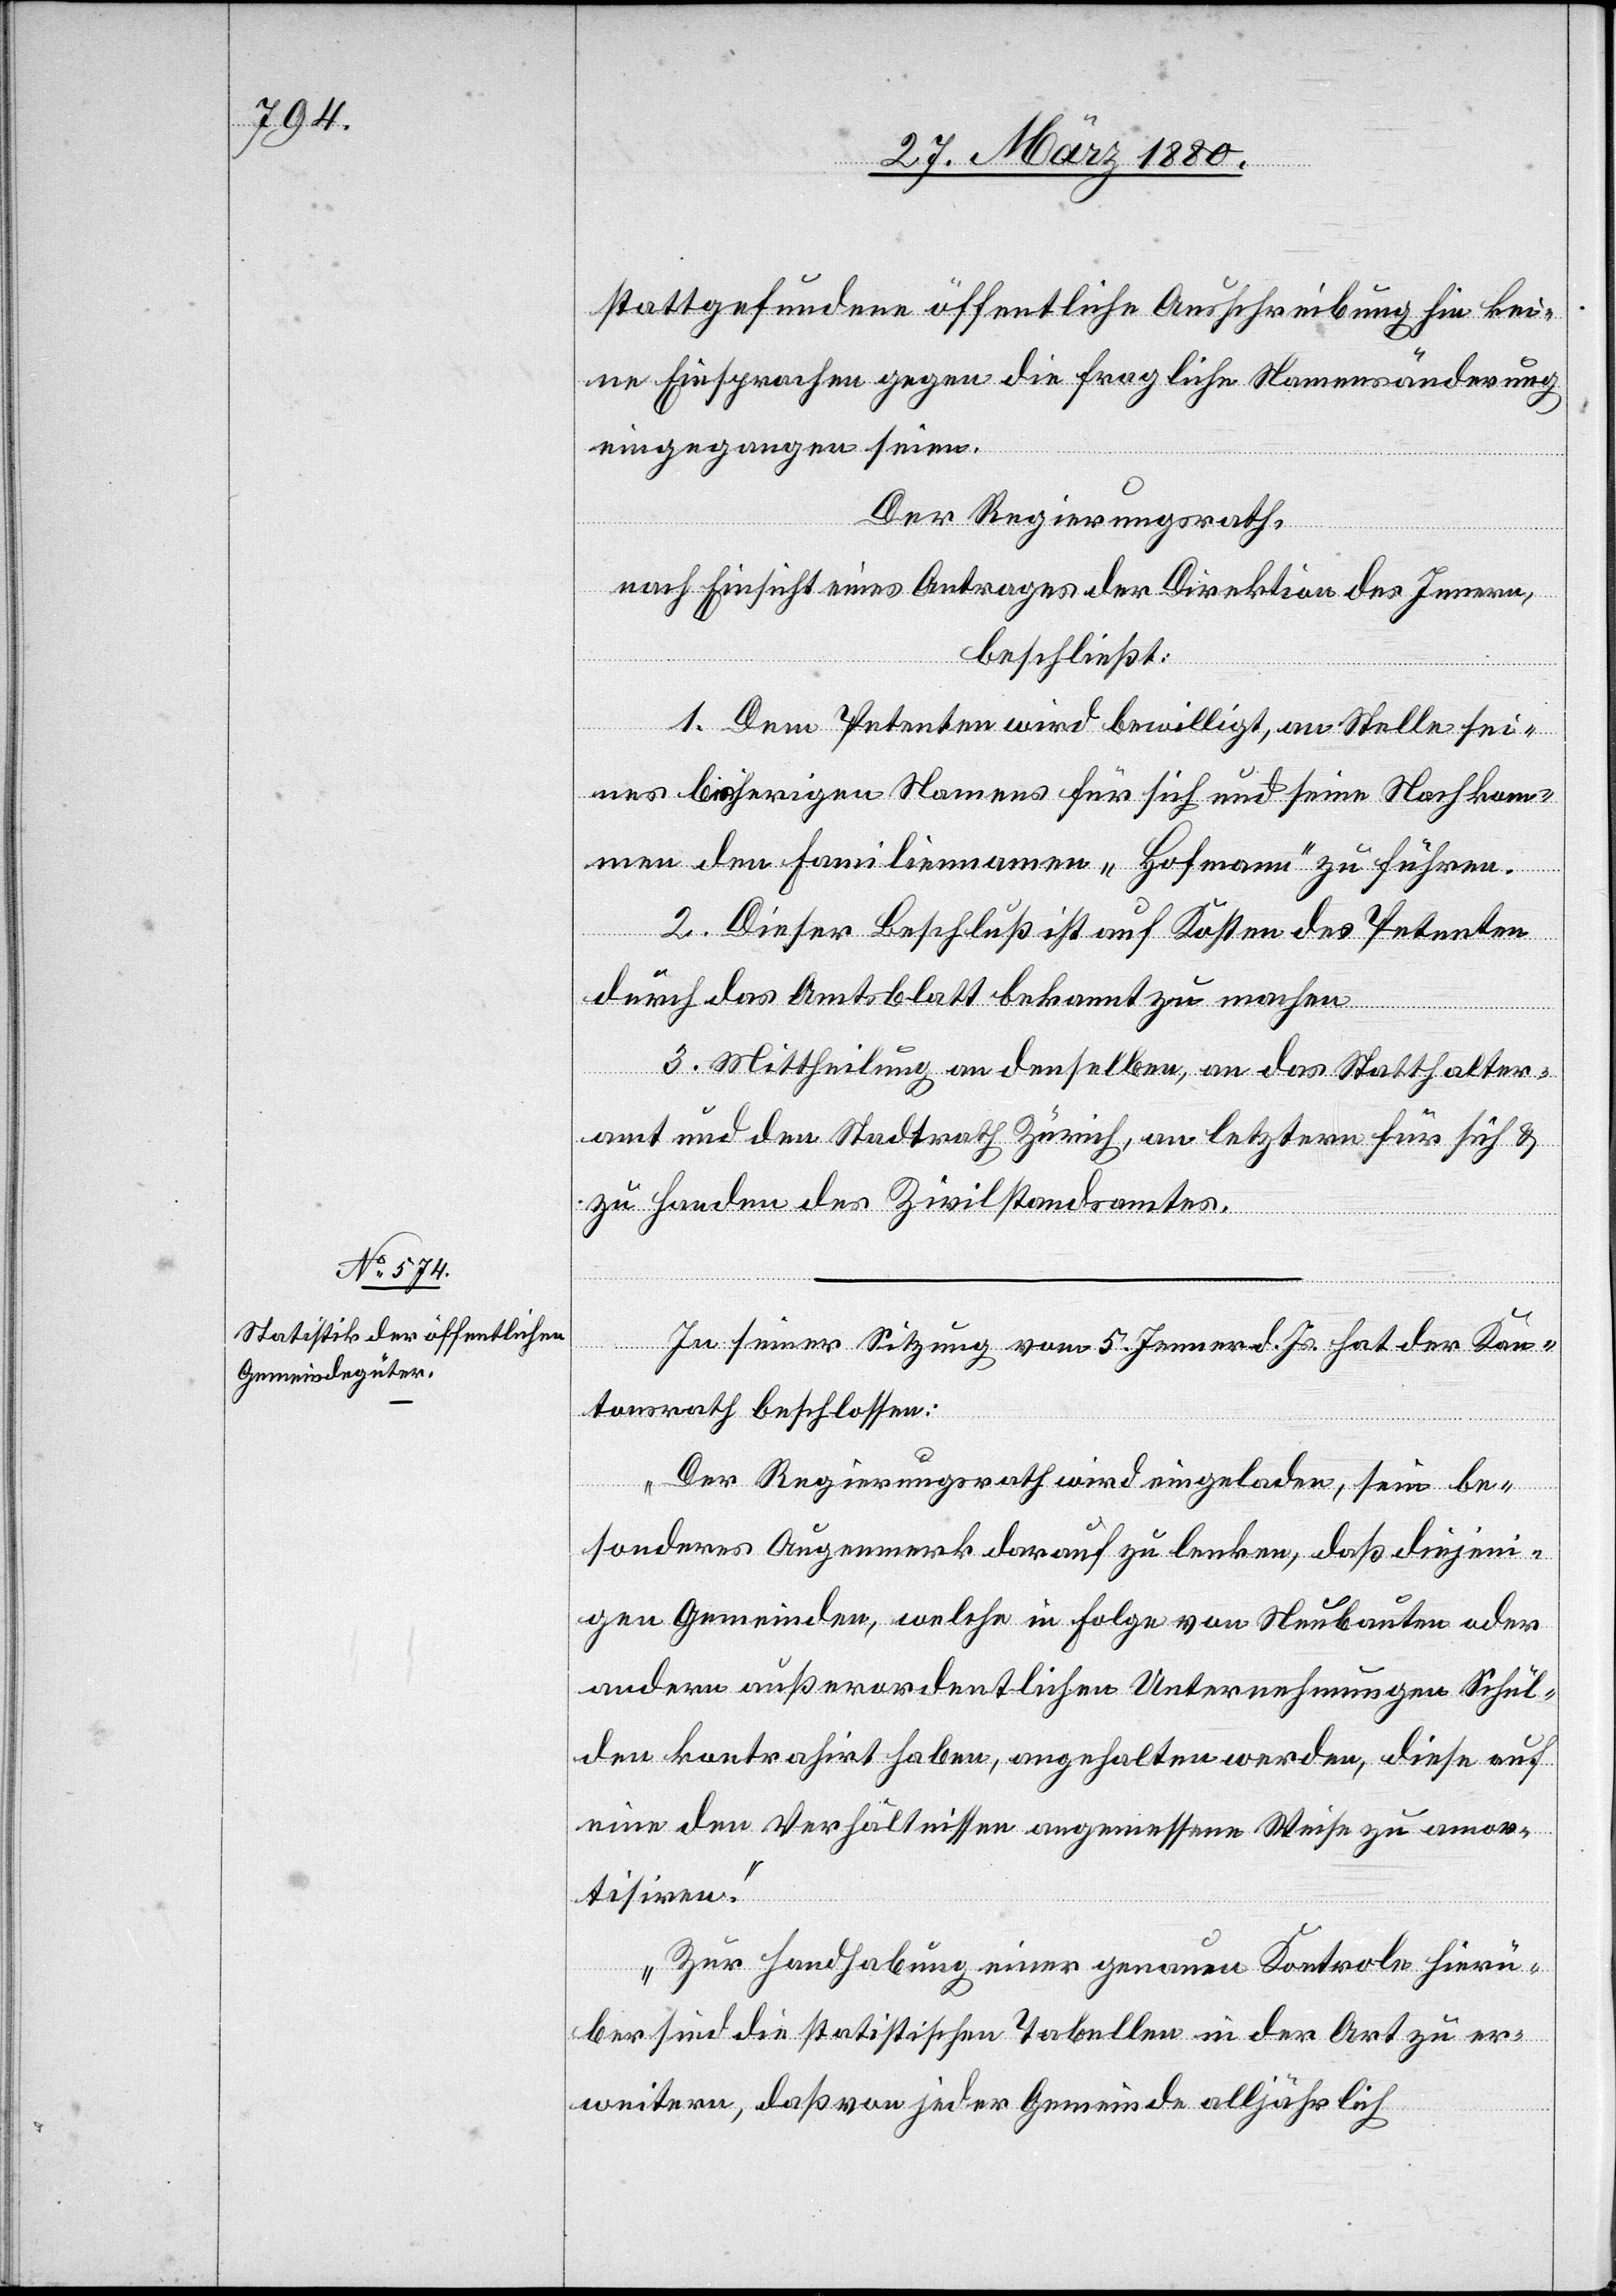
stattgefundene öffentliche Ausschreibung hin kei¬
ne Einsprachen gegen die fragliche Namensänderung
eingegangen seien.
Der Regierungsrath,
nach Einsicht eines Antrages der Direktion des Innern,
beschließt:
1. Dem Petenten wird bewilligt, an Stelle sei¬
nes bisherigen Namens für sich und seine Nachkom¬
men den Familiennamen „Hofmann“ zu führen.
2. Dieser Beschluß ist auf Kosten des Petenten
durch das Amtsblatt bekannt zu machen.
3. Mittheilung an denselben, an das Statthalter¬
amt und den Stadtrath Zürich, an letztern für sich &
zu Handen des Zivilstandsamtes.
In seiner Sitzung vom 5. Jenner d. Js. hat der Kan¬
tonsrath beschlossen:
„Der Regierungsrath wird eingeladen, sein be¬
sonderes Augenmerk darauf zu lenken, daß diejeni¬
gen Gemeinden, welche in Folge von Neubauten oder
andern außerordentlichen Unternehmungen Schul¬
den kontrahirt haben, angehalten werden, diese auf
eine den Verhältnissen angemessene Weise zu amor¬
tisiren.
Zur Handhabung einer genauen Kontrole hierü¬
ber sind die statistischen Tabellen in der Art zu er¬
weitern, daß von jeder Gemeinde alljährlich